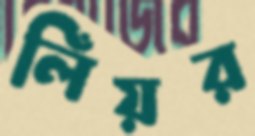
লিঁয়র